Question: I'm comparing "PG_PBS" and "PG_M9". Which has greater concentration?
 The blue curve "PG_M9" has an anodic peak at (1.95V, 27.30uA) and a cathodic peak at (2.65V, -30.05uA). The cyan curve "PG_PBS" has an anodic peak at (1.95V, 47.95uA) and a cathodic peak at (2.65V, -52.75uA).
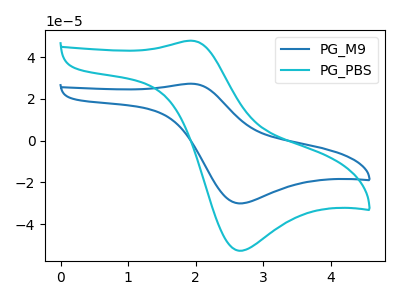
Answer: <think>All the peaks in "PG_PBS" have a peak in "PG_M9" at the same potential. Every peak in "PG_PBS" is higher than every peak in "PG_M9".
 </think>
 <answer>"PG_PBS" has more signal than "PG_M9" and so likely has a higher concentration.</answer>
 <eval>more_concentration</eval>